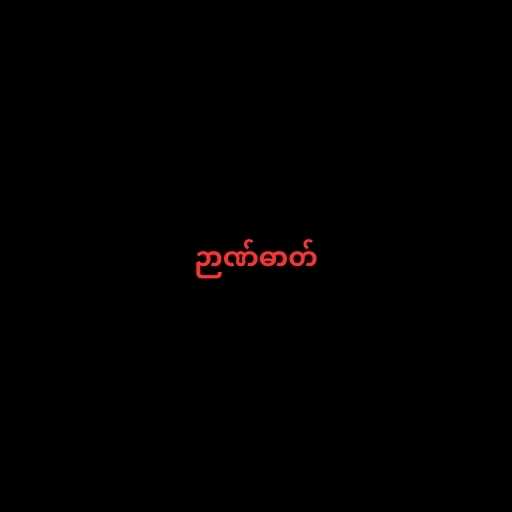
ဉာဏ်ဓာတ်